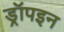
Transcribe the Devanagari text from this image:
ड्रॉपइन